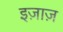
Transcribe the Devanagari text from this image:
इज़ाज़